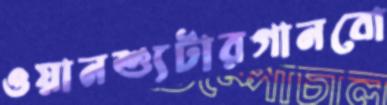
ওয়ানশ্যুটারগানবো